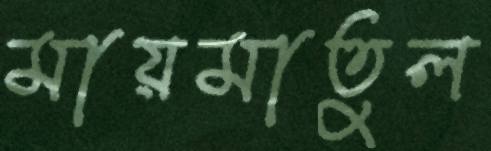
মায়মাতুল